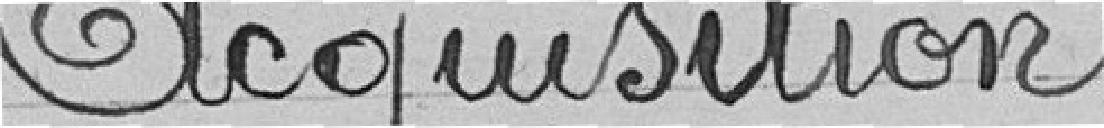
Acquisition